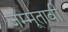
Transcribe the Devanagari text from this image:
जम्मूतावी